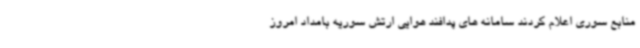
منابع سوری اعلام کردند سامانه های پدافند هوایی ارتش سوریه بامداد امروز